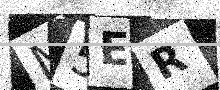
Text: M5ER